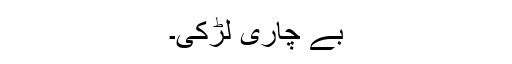
بے چاری لڑکی۔